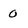
Character: 0